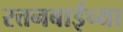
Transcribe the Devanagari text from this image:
रत्तनबाईच्या